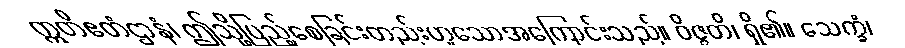
ဣတိဧတံဌာနံ၊ ဤသို့ပြည့်စေခြင်းတည်းဟူသောအကြောင်းသည်။ ဝိဇ္ဇတိ၊ ရှိ၏။ သေက္ခံ၊